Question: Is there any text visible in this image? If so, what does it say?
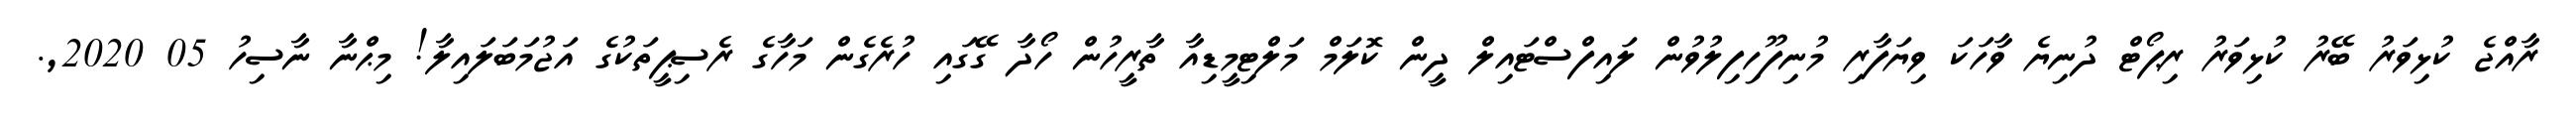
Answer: ރާއްޖެ ކުޅިވަރު ބޭރު ކުޅިވަރު ރިޕޯޓް ދުނިޔެ ވާހަކަ ވިޔަފާރި މުނިފޫހިފިލުވުން ލައިފްސްޓައިލް ދީން ކޮލަމް މަލްޓިމީޑިއާ ތާރީހުން ހޯދާ ގޭގައި ހުރެގެން މަހާގެ ރެސިޕީތަކުގެ އަޖުމަބަލައިލާ! މިޙްނާ ނާސިހު 05 2020,.